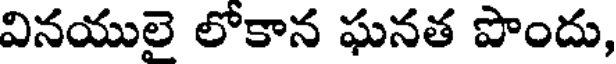
వినయులై లోకాన ఘనత పొందు,